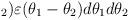
LaTeX: \begin{align*}_{2})\varepsilon (\theta _{1}-\theta _{2})d\theta _{1}d\theta _{2}\end{align*}